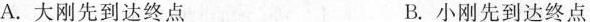
A. 大刚先到达终点 B. 小刚先到达终点